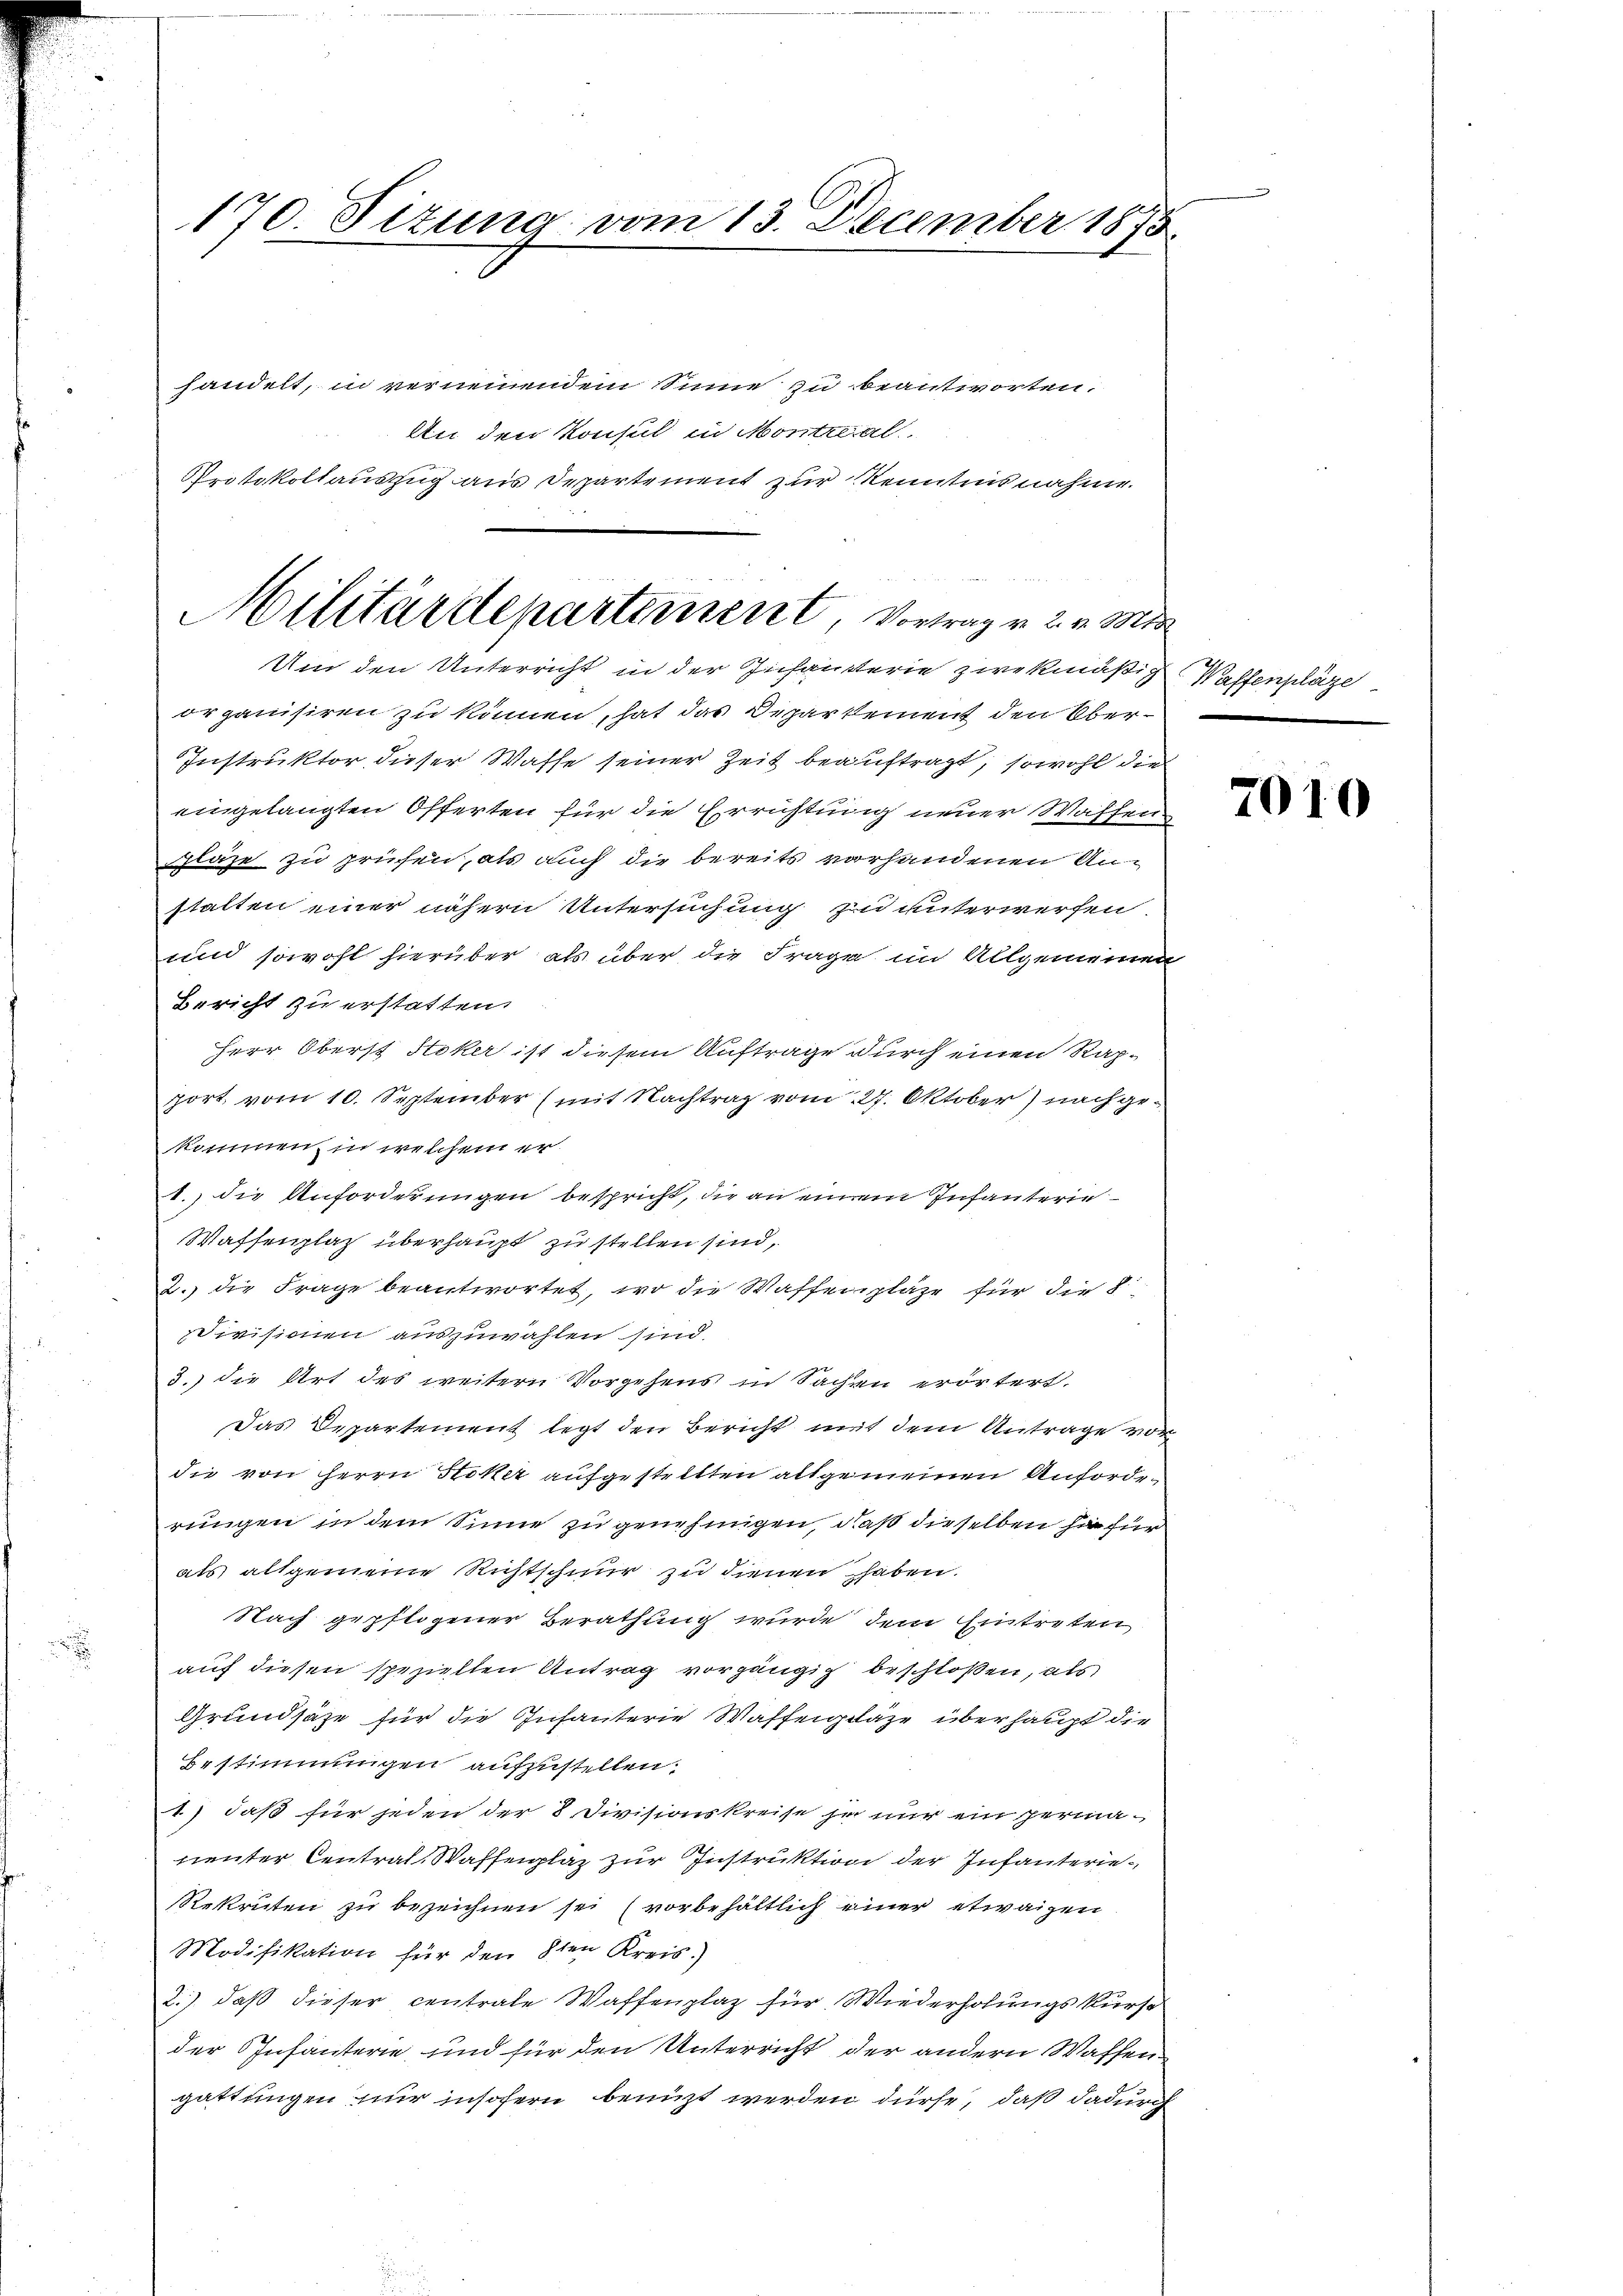
170 Titung vom 13. December 1873.

handelt, in vernennendem Sinne zu beantworten.
An den Konsul in Montral
Protokollauszug aus Departement zur Kenntnis nahme.
Und den Unterricht in der Infansterie zwekmäßig
organisiren zu können, hat das Deparkement den Über¬
Instruktor, dieser Wasse seiner Zeit beauftragt, sowohl die
eingelangten Offerten für die Errichtung neuer Waffen
pläze zu prüfen, als auch die bereits vorhandenen Anstalten einer nähern Untersuchung zu unterwerfen
und sowohl hierüber als über die Frage im Allgemeinen
Bericht zu erstatten.
Herr Oberst Stoker ist diesem Auftrage durch einen Rapport vom 10. September (mit Nachtrag vom 27. Oktober) nachgekommen, in welchem er
1.) die Anforderungen bespricht, die an einem Infanterie¬
Waffenplatz überhaupt zu stellen sind,
2. die Frage beantwortet, wo die Waffenplaze für die f
Divisionen auszuwählen sind.
3.) die Art des weitern Vorgehens in Sachen erörtert.
Das Departement legt den Bericht mit dem Antrage vor
die von Herrn Hotter aufgestellten allgemeinen Anforderungen in dem Sinne zu genehmigen, daß dieselben sie für
als allgemeine Richtscheur zu dienen haben.
Nach gepflogener Berathung wurde dem Eintreten
auf diesen speziellen Antrag vorgängig beschloßen, als
Grundsätze für die Infanterie Waffenpläge überhaupt die
Bestimmungen aufzustellen,
1) daß für jeden der 8 Divisionskreise ja nur ein perma¬
Lieuter Centrat Waffenplaz zur Instruktion der Infanterie¬
Rekruten zu bezeichnen sei (vorbehältlich einer etwaigen
Modifikation für den 8ten Kreis)
2.) daß dieser centrale Waffenplaz für Wiederholungskurse
der Infanterie und für den Unterricht der andern Waffen
gattungen nur insofern benuzt werden dürfe, daß dadurch

Militärdepartement, Vortrag v. 2. v. Mt

Waffenplätze

7010